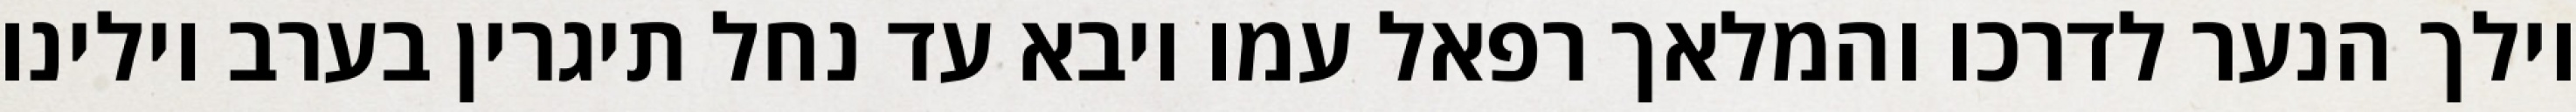
וילך הנער לדרכו והמלאך רפאל עמו ויבא עד נחל תיגרין בערב וילינו